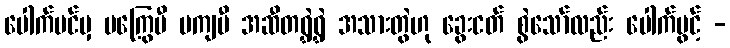
ပေါက်ပင်မှ မကြွေမီ မကျမီ အဆီတရွှဲရွှဲ အသားတွဲဟု ခွေးငတ် စွဲသော်လည်း ပေါက်ပွင့် -